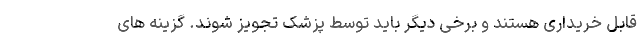
قابل خریداری هستند و برخی دیگر باید توسط پزشک تجویز شوند. گزینه های